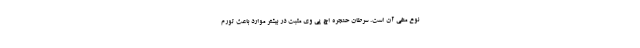
نوع منفی آن است. سرطان حنجره اچ پی وی مثبت در بیشتر موارد باعث تورم